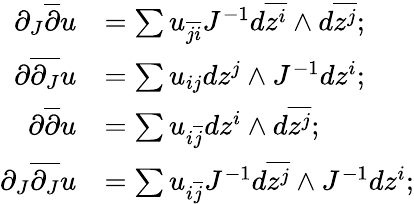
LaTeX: \begin{array}{rl}{\partial_{J}\overline{{\partial}}u}&{=\sum u_{\overline{{ji}}}J^{-1}d\overline{{z^{i}}}\wedge d\overline{{z^{j}}};}\\ {\partial\overline{{\partial_{J}}}u}&{=\sum u_{ij}dz^{j}\wedge J^{-1}dz^{i};}\\ {\partial\overline{{\partial}}u}&{=\sum u_{i\overline{{j}}}dz^{i}\wedge d\overline{{z^{j}}};}\\ {\partial_{J}\overline{{\partial_{J}}}u}&{=\sum u_{i\overline{{j}}}J^{-1}d\overline{{z^{j}}}\wedge J^{-1}dz^{i};}\end{array}